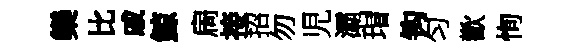
欒比戚鯨扄接招勿児灞瑁钩匀歡恂